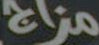
مزاج